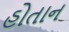
હોતાન